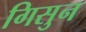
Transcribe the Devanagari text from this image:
गिसुन